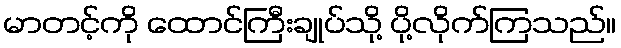
မာတင့်ကို ထောင်ကြီးချုပ်သို့ ပို့လိုက်ကြသည်။